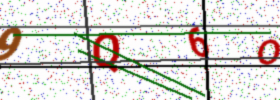
Text: 9Q6O